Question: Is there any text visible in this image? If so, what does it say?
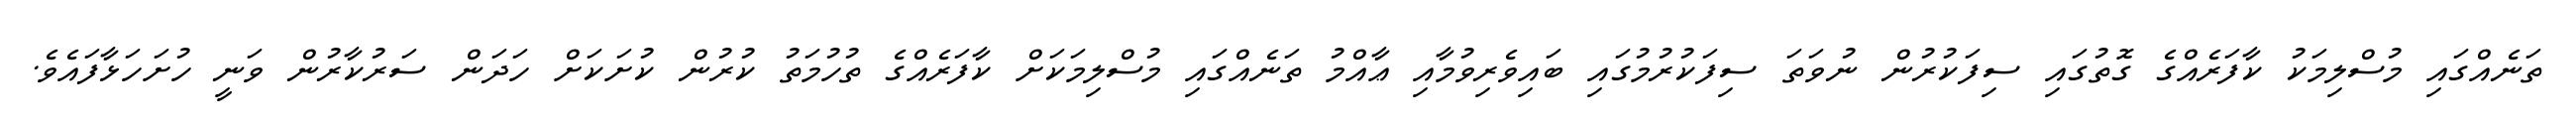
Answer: ތަނެއްގައި މުސްލިމަކު ކާފަރެއްގެ ގޮތުގައި ސިފަކުރުން ނުވަތަ ސިފަކުރުމުގައި ބައިވެރިވުމާއި ޢާއްމު ތަނެއްގައި މުސްލިމަކަށް ކާފަރެއްގެ ތުހުމަތު ކުރުން ކުށަކަށް ހަދަން ސަރުކާރުން ވަނީ ހުށަހަޅާފައެވެ.